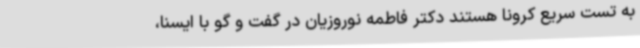
به تست سریع کرونا هستند دکتر فاطمه نوروزیان در گفت و گو با ایسنا،